Vaccination returns of the Province of Eastern Bengal and Assam - 1905-1912
Year: 1905
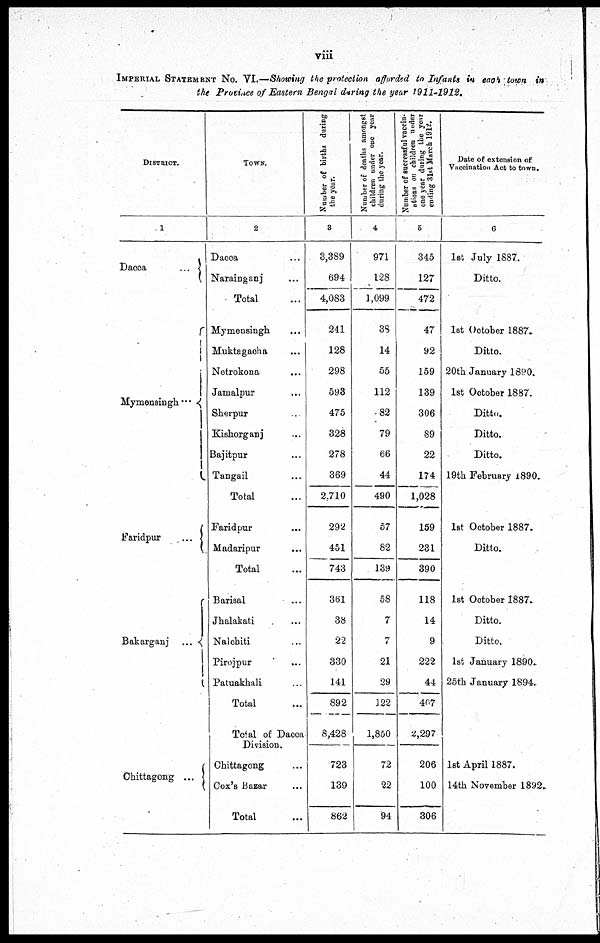
viii
IMPERIAL STATEMENT NO. VI.—Showing the protection afforded to Infants in each town in
the Province of Eastern Bengal during the year 1911-1912.
DISTRICT.
1
Dacca
...
Mymensingh ...
Faridpur
...
Bakarganj
...
Chittagong
...
TOWN.
2
Dacca ...
Narainganj ...
Total ...
Mymensingh ...
Muktagacha ...
Netrokona ...
Jamalpur ...
Sherpur ...
Kishorganj ...
Bajitpur ...
Tangail ...
Total ...
Faridpur ...
Madaripur ...
Total ...
Barisal ...
Jhalakati ...
Nalchiti ...
Pirojpur ...
Patuakhali ...
Total ...
Total of Dacca
Division.
Chittagong ...
Cox's Bazar ...
Total ...
Number of births during
the year.
3
3,389
694
4,083
241
128
298
593
475
328
278
369
2,710
292
451
743
361
38
22
330
141
892
8,428
723
139
862
Number of deaths amongst
children under one year
during the year.
4
971
128
1,099
38
14
55
112
82
79
66
44
490
57
82
139
58
7
7
21
29
122
1,850
72
22
94
Number of successful vaccin-
ations on children under
one year during the year
ending 31st March 1912.
5
345
127
472
47
92
159
139
306
89
22
174
1,028
159
231
390
118
14
9
222
44
407
2,297
206
100
306
Date of extension of
Vaccination Act to town.
6
1st July 1887.
Ditto.
1st October 1887.
Ditto.
20th January 1890.
1st October 1887.
Ditto.
Ditto.
Ditto.
19th February 1890.
1st October 1887.
Ditto.
1st October 1887.
Ditto.
Ditto.
1st January 1890.
25th January 1894.
1st April 1887.
14th November 1892.